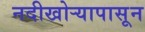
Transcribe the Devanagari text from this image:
नदीखोर्‍यापासून